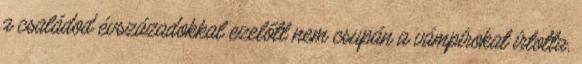
a családod évszázadokkal ezelőtt nem csupán a vámpírokat írtotta,